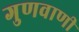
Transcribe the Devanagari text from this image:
गुणवाणी